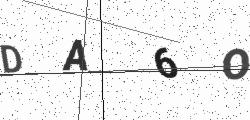
Text: DA6O